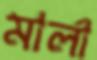
মার্লা